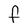
Character: F